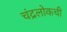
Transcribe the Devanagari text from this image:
चंद्रलोकची